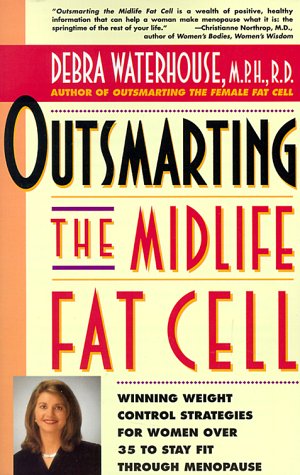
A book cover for Outsmarting the Midlife Fat Cell: Winning Weight Control Strategies for Women Over 35 to Stay Fit Through Menopause; Debra Waterhouse; Health, Fitness & Dieting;